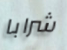
شرابا